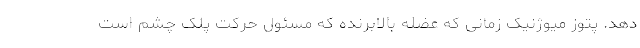
دهد. پتوز میوژنیک زمانی که عضله بالابرنده که مسئول حرکت پلک چشم است